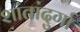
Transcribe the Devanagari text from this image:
शांतांदुर्गा